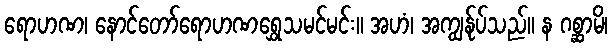
ရောဟဏ၊ နောင်တော်ရောဟဏရွှေသမင်မင်း။ အဟံ၊ အကျွန်ုပ်သည်။ န ဂစ္ဆာမိ၊